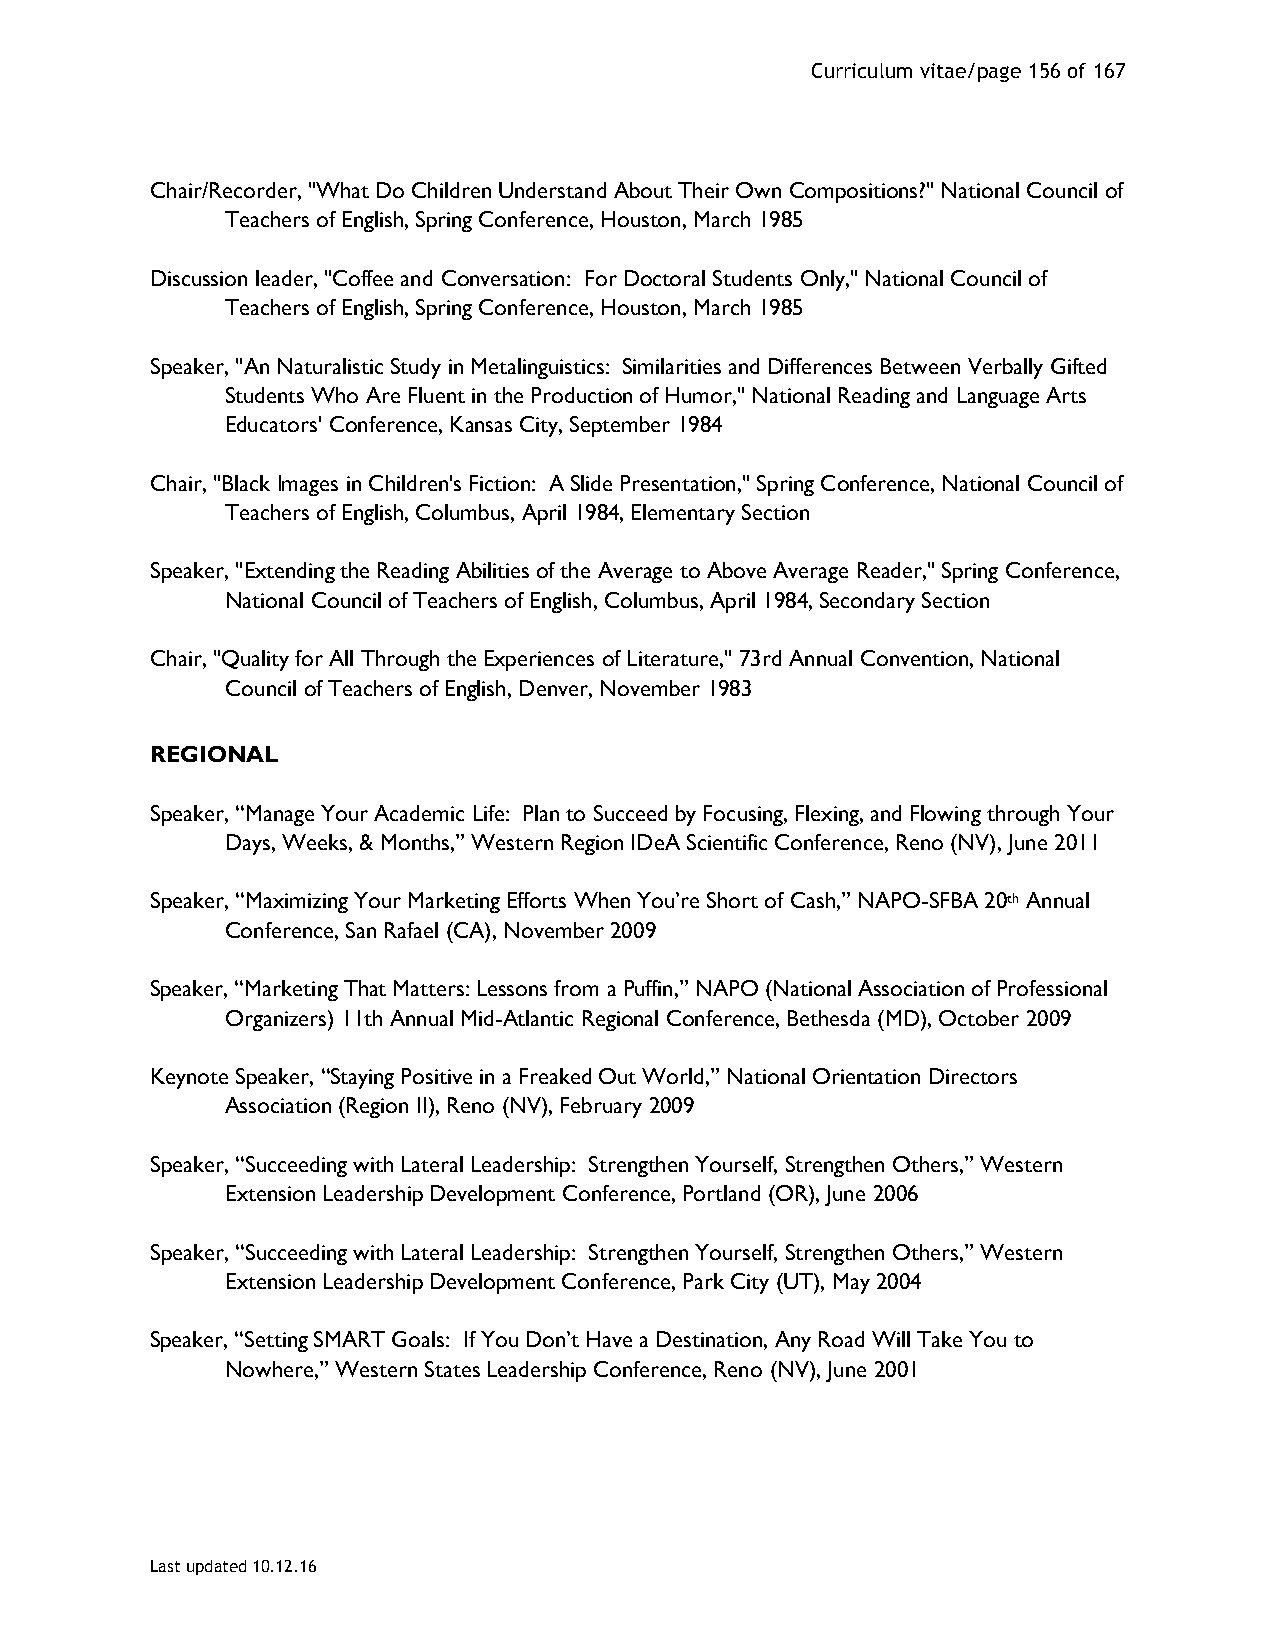
Curriculum vitae/page 156 of 167
 Chair/Recorder, "What Do Children Understand About Their Own Compositions?" National Council of
 Teachers of English, Spring Conference, Houston, March 1985
 Discussion leader, "Coffee and Conversation: For Doctoral Students Only," National Council of
 Teachers of English, Spring Conference, Houston, March 1985
 Speaker, "An Naturalistic Study in Metalinguistics: Similarities and Differences Between Verbally Gifted
 Students Who Are Fluent in the Production of Humor," National Reading and Language Arts
 Educators' Conference, Kansas City, September 1984
 Chair, "Black Images in Children's Fiction: A Slide Presentation," Spring Conference, National Council of
 Teachers of English, Columbus, April 1984, Elementary Section
 Speaker, "Extending the Reading Abilities of the Average to Above Average Reader," Spring Conference,
 National Council of Teachers of English, Columbus, April 1984, Secondary Section
 Chair, "Quality for All Through the Experiences of Literature," 73rd Annual Convention, National
 Council of Teachers of English, Denver, November 1983
 REGIONAL
 Speaker, “Manage Your Academic Life: Plan to Succeed by Focusing, Flexing, and Flowing through Your
 Days, Weeks, & Months,” Western Region IDeA Scientific Conference, Reno (NV), June 2011
 Speaker, “Maximizing Your Marketing Efforts When You’re Short of Cash,” NAPO-SFBA 20th Annual
 Conference, San Rafael (CA), November 2009
 Speaker, “Marketing That Matters: Lessons from a Puffin,” NAPO (National Association of Professional
 Organizers) 11th Annual Mid-Atlantic Regional Conference, Bethesda (MD), October 2009
 Keynote Speaker, “Staying Positive in a Freaked Out World,” National Orientation Directors
 Association (Region II), Reno (NV), February 2009
 Speaker, “Succeeding with Lateral Leadership: Strengthen Yourself, Strengthen Others,” Western
 Extension Leadership Development Conference, Portland (OR), June 2006
 Speaker, “Succeeding with Lateral Leadership: Strengthen Yourself, Strengthen Others,” Western
 Extension Leadership Development Conference, Park City (UT), May 2004
 Speaker, “Setting SMART Goals: If You Don’t Have a Destination, Any Road Will Take You to
 Nowhere,” Western States Leadership Conference, Reno (NV), June 2001
 Last updated 10.12.16